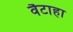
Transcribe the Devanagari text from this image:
वैटाहा